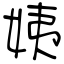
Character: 姨